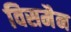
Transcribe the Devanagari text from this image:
विसमैन